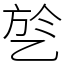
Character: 乻